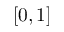
[ 0 , 1 ]